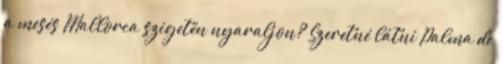
a mesés Mallorca szigetén nyaraljon? Szeretné látni Palma de